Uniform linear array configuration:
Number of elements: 24
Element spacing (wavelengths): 0.5
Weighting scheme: hamming
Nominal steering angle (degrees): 45
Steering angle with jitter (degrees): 43.892
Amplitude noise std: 0.05
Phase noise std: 0.05

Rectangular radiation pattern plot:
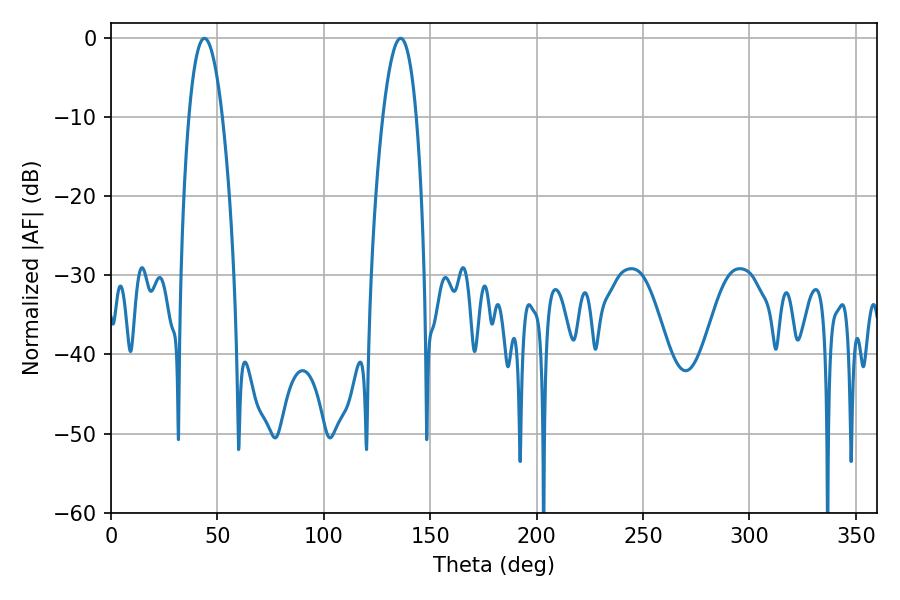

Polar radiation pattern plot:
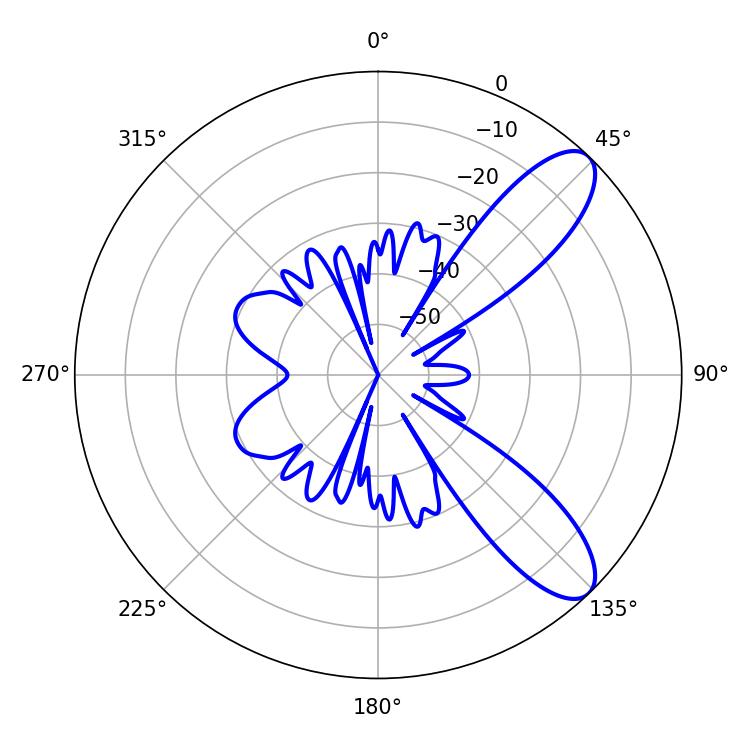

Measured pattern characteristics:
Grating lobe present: FALSE
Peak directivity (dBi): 9.476
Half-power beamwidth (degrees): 8.64
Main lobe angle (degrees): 43.92